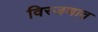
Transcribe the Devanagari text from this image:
विरजणात